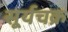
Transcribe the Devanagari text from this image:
सूर्यचक्र